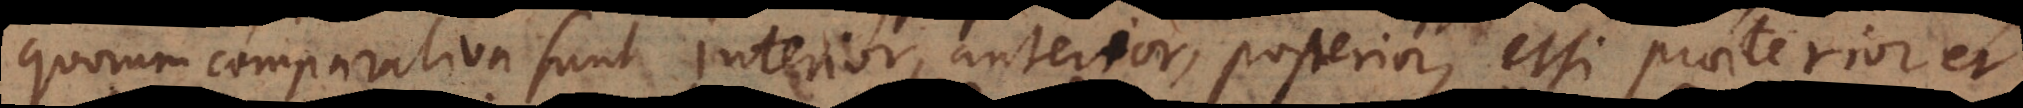
quorum comparativa sunt interior, anterior, posterior, etsi praeterior et